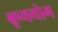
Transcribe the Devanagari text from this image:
बृष्ययोग